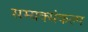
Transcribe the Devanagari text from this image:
सम्यक्संकल्प